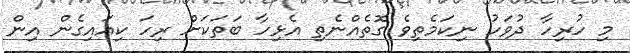
މި ހުރިހާ ދުވަހު ނިކަމެތިވެ ގޮތެއްނެތި އެޅިހާ ބަތަކަށް ރިހަ ކިއައިގެން އިން